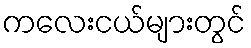
ကလေးငယ်များတွင်